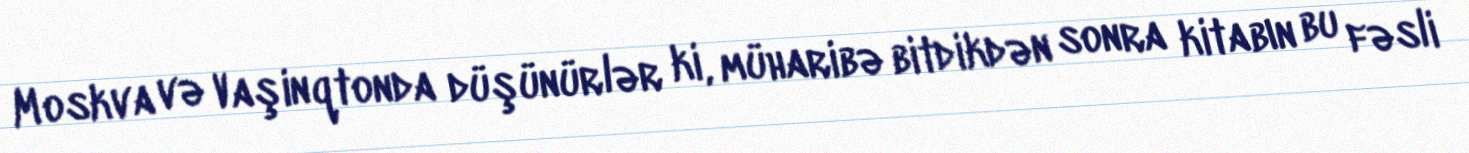
Moskva və Vaşinqtonda düşünürlər ki, müharibə bitdikdən sonra kitabın bu fəsli